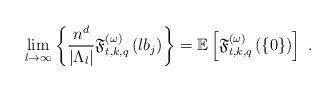
LaTeX: \begin{align*}\underset{l\rightarrow \infty }{\lim }\left\{ \frac{n^{d}}{\left\vert\Lambda _{l}\right\vert }\mathfrak{F}_{t,k,q}^{(\omega )}\left(lb_{j}\right) \right\} =\mathbb{E}\left[ \mathfrak{F}_{t,k,q}^{(\omega)}\left( \left\{ 0\right\} \right) \right] \ . \end{align*}